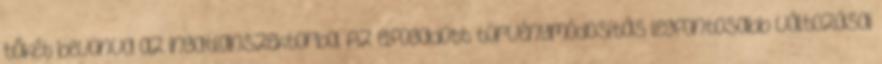
tőkét bevonva az ingatlanszektorba. Az elfogadott törvénymódosítás legfontosabb változásai